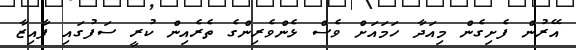
އޭރުން ފެށިގެން މިއަދާ ހަމައަށް ވެސް ޅެންވެރިންގެ ތެރެއިން ކުރީ ސަފުގައި ފާއިޒާ